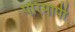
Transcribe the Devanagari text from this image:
परिमापी